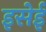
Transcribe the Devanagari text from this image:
इसेई